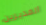
المديرين